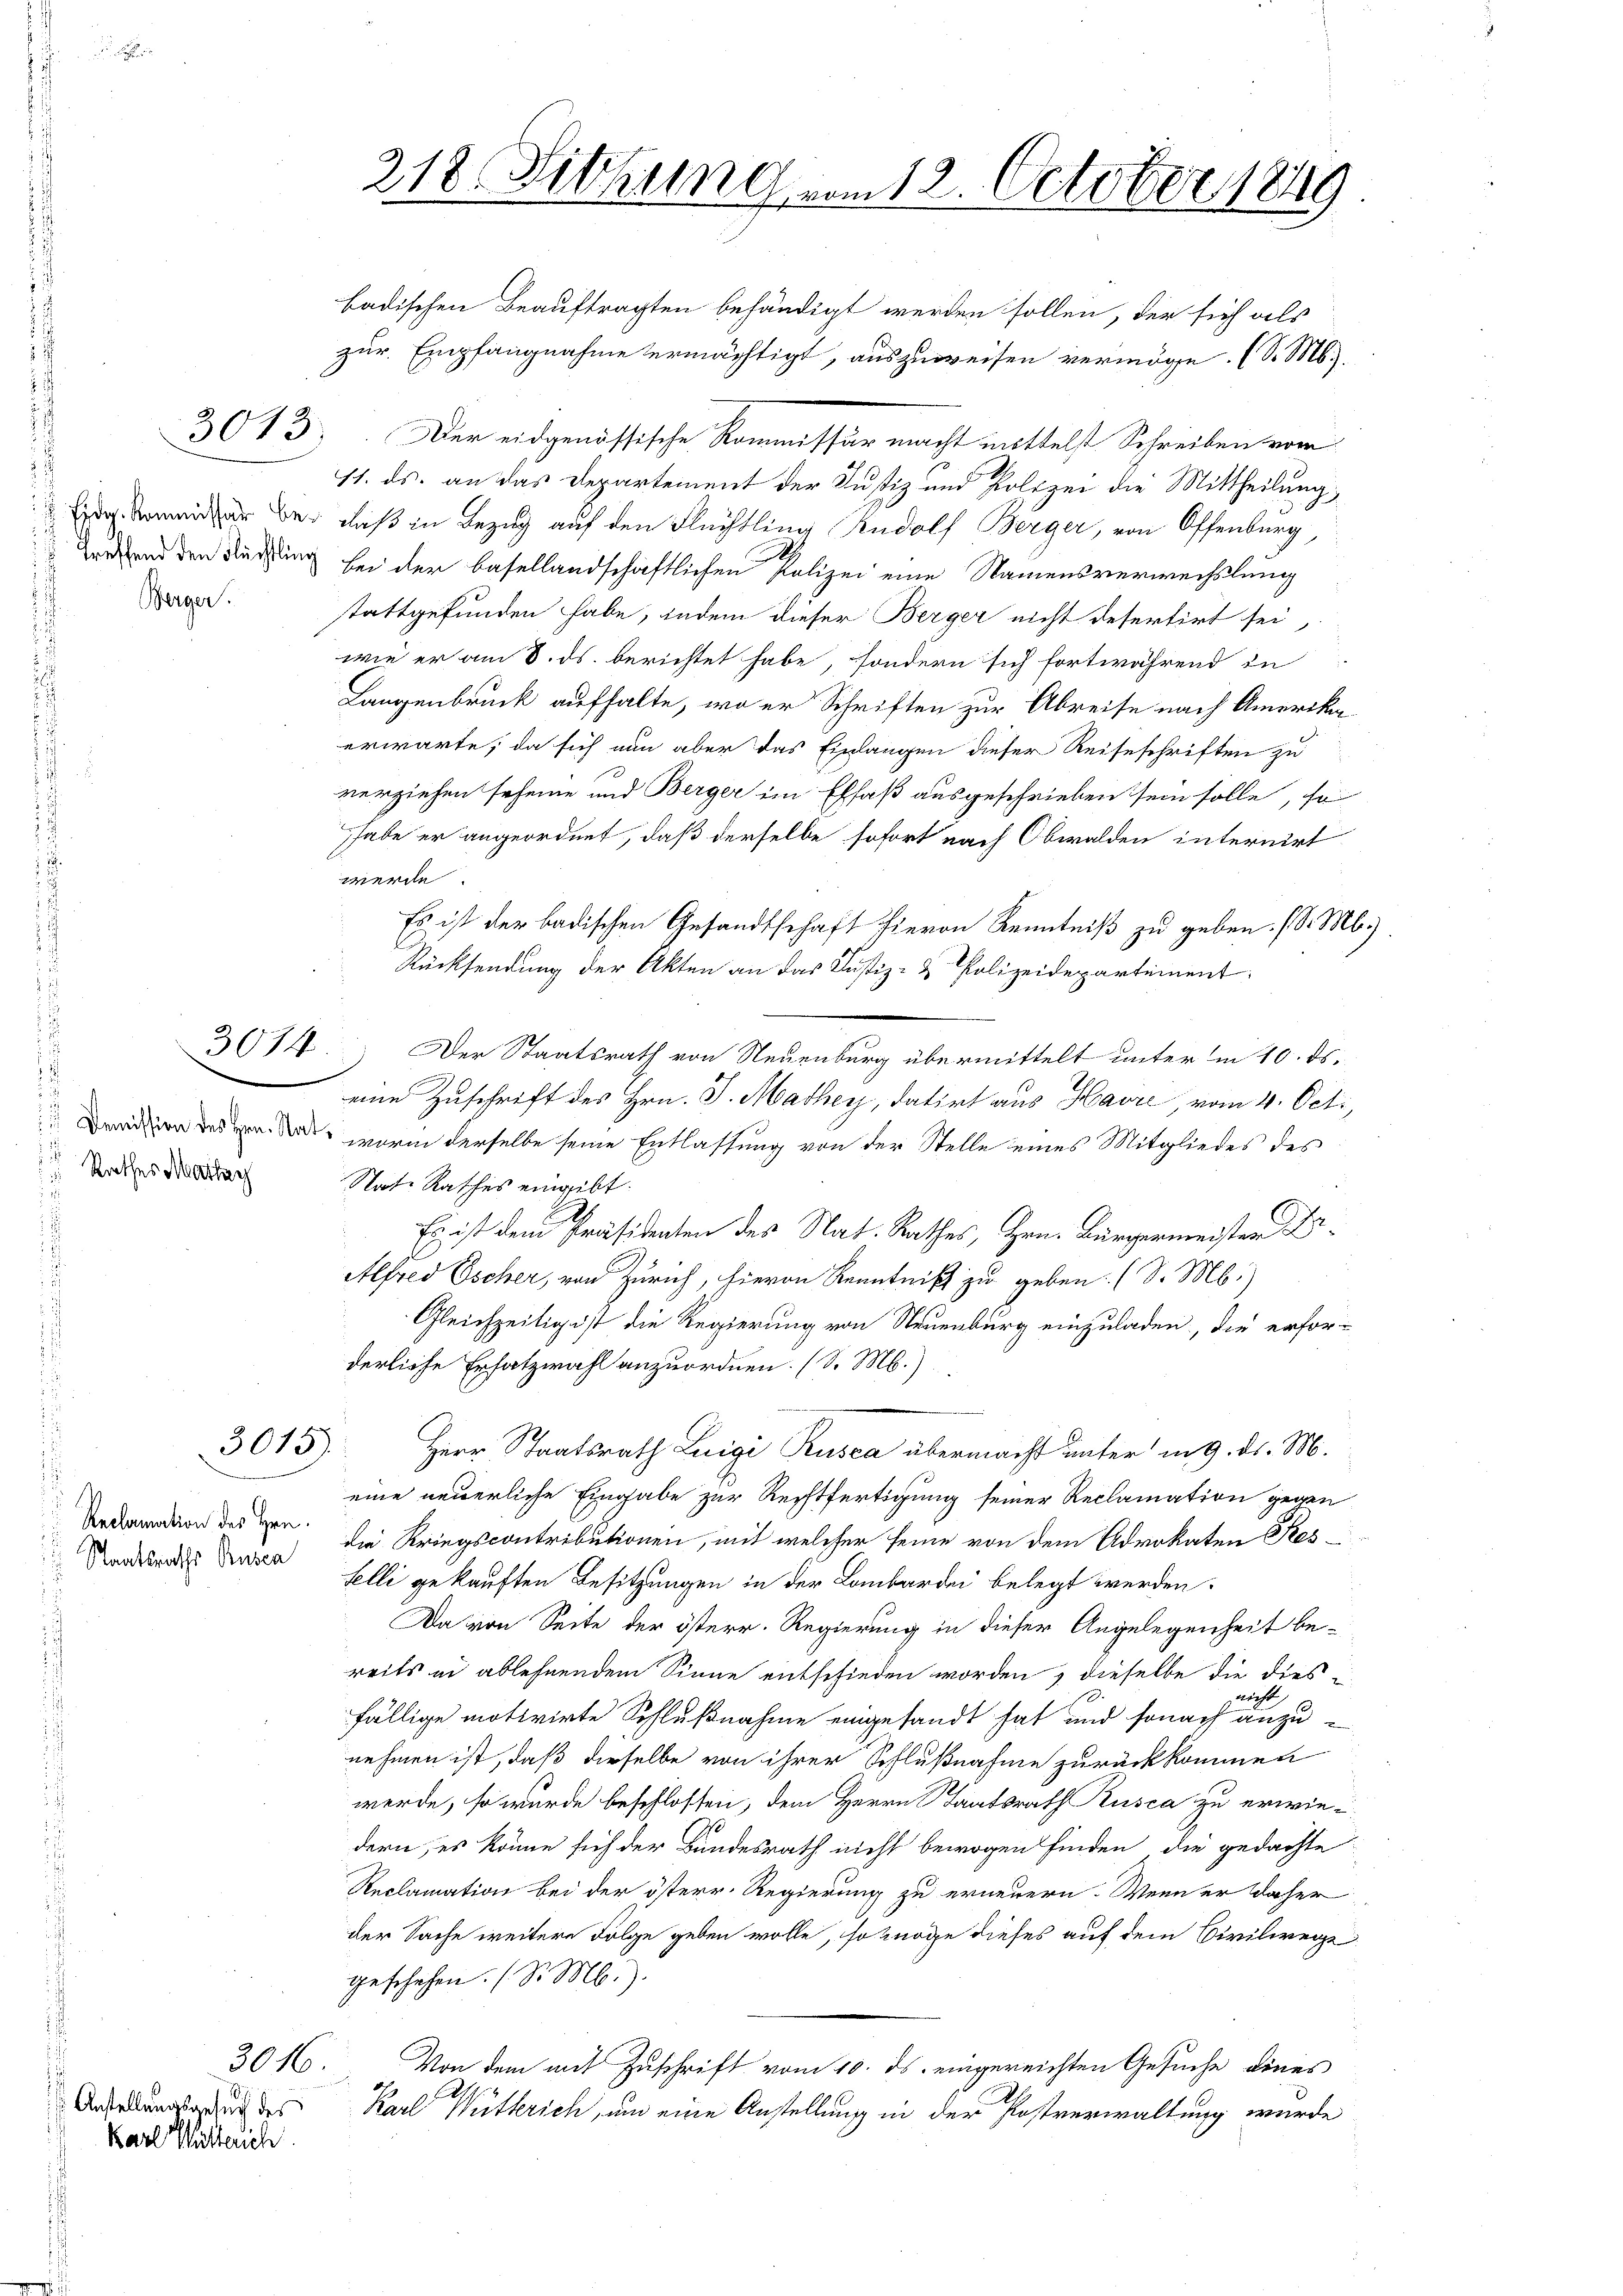
i
Berger.

2
Rathes Mathy

3074

3015).

Staatsraths Rusen

3016.

Anstellungsgesuch des
Karl Mitterich

218. Sitzung vom 12. October 1849

badischen Beauftragten behändigt werden sollen, der sich als
zur Empfangnahme ermächtigt, auszuweisen vermöge. (S. M.
3013. Der eidgenössische Kommissär macht mittelst Schreiben vom
11. ds. an das Departement der Justiz und Polizei die Mittheilung,
dmeier bei daß in Bezug auf den Flüchtling Rudolf Berger, von Offenburg,
Keffend den Setzung bei der basellandschaftlichen Polizei eine Namensverwechslung
stattgefunden habe, indem dieser Berger nicht desertirt sei,
wie er am 8. ds. berichtet habe, sondern sich fortwährend in
Langenbruck aufhalte, wo er Schriften zur Abreise nach Amerikan
erwarte, da sich nun aber das Einlangen dieser Reiseschriften zu
verziehen seheine und Berger im Elsaß ausgeschrieben sein solle, so
habe er angeordnet, daß derselbe sofort nach Obwalden internirt
werde
Es ist der badischen Gesandtschaft hievon Kenntniß zu geben. (S. M.)
Rücksendung der Akten an das Justiz- & Polizeidepartement
Der Staatsrath von Neuenburg übermittelt unter in 10. ds.
eine Zuschrift des Hrn. J. Mathey, datirt aus Havre, vom 4. Oct.,
Dration des er das, worin derselbe seine Entlassung von der Stelle eines Mitgliedes des
Nate Rathes eingibt.
2
Es ist dem Präsidenten des Nat. Rathes, Hrn. Bürgermeister Dr.
Alfred Escher, von Zürich, hievon Kenntniß zu geben. (S. M.)
Gleichzeitig ist die Regierung von Neuenburg einzuladen, die erfor-
derliche Ersatzwahl anzuordnen. (S. M.)
Herr Staatsrath Luigi Rusca übermacht unter in 9. ds. M.
eine neuerliche Eingabe zur Rechtfertigung seiner Reclamation gegen
ion deren die Kriegscontributionen, mit welcher seine von dem Advokaten Restelli gekauften Besitzungen in der Lombardei belegt werden.
Da von Seite der österr. Regierung in dieser Angelegenheit be-
reits in ablehnendem Sinne entschieden worden, dieselbe die diesnicht
fällige motivirte Schlußnahme eingesandt hat und sonach anzunehmen ist, daß dieselbe von ihrer Schlußnahme zurückkommen
werde, so wurde beschlossen, dem Herrn Staatsrath Rusca zu erwiee
dern, es könne sich der Bundesrath nicht bewogen finden, die gedachte
Reclamation bei der österr. Regierung zu erneuern. Wenn er daher
der Sache weitere Folge geben wolle, so knöge dieses auf dem Civilwege
geschehen. (S. M.).
Von dem mit Zuschrift vom 10. ds. eingereichten Gesuche eines
1
Karl Witterich, um eine Anstellung in der Postverwaltung wurde